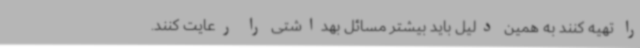
را تهیه کنند به همین دلیل باید بیشتر مسائل بهداشتی را رعایت کنند.